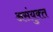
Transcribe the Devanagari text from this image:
असंयुक्‍त